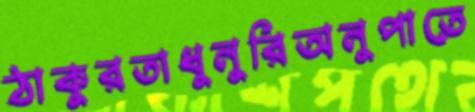
ঠাকুরতাধুনুরিঅনুপাতে